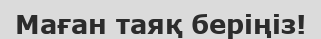
Маған таяқ беріңіз!